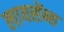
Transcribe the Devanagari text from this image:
लायसेंन्स